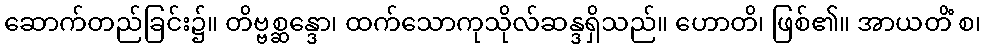
ဆောက်တည်ခြင်း၌။ တိဗ္ဗစ္ဆန္ဒော၊ ထက်သောကုသိုလ်ဆန္ဒရှိသည်။ ဟောတိ၊ ဖြစ်၏။ အာယတိံ စ၊